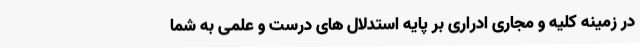
در زمینه کلیه و مجاری ادراری بر پایه استدلال های درست و علمی به شما